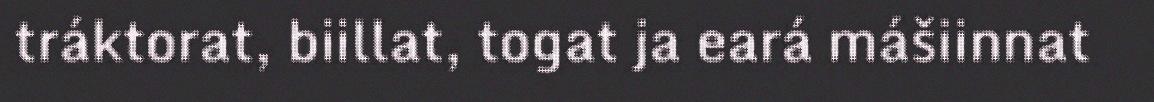
tráktorat, biillat, togat ja eará mášiinnat